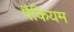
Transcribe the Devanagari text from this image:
पैकियम